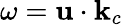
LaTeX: \omega=\mathbf{u}\cdot\mathbf{k}_{c}